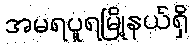
အမရပူရမြို့နယ်ရှိ